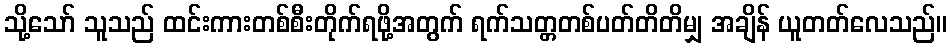
သို့သော် သူသည် ထင်းကားတစ်စီးတိုက်ရဖို့အတွက် ရက်သတ္တတစ်ပတ်တိတိမျှ အချိန် ယူတတ်လေသည်။